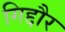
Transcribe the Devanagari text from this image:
गिद्दौर